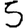
Digit: 5